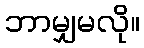
ဘာမျှမလို။